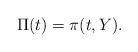
LaTeX: \begin{align*}\Pi(t)=\pi(t,Y).\end{align*}